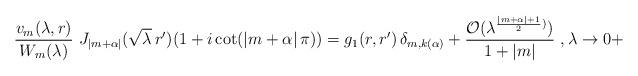
LaTeX: \begin{align*}\frac{v_m(\lambda,r)}{W_m(\lambda)} \ J_{|m+\alpha|}(\sqrt{\lambda}\, r') (1+i\cot(|m+\alpha|\, \pi)) & = g_1(r,r')\, \delta_{m,k(\alpha)} + \frac{\mathcal{O}(\lambda^{\frac{|m+\alpha|+1}{2})})}{1+|m|}\ , \lambda\to 0+\end{align*}